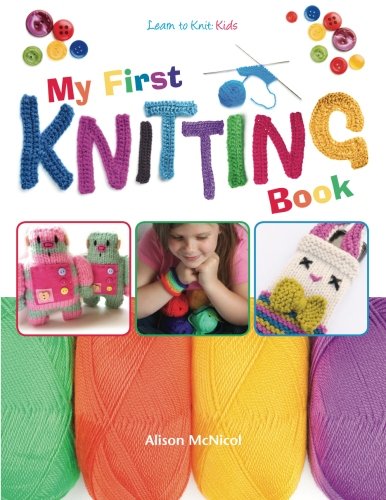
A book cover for My First Knitting Book: Learn To Knit: Kids; Alison McNicol; Crafts, Hobbies & Home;